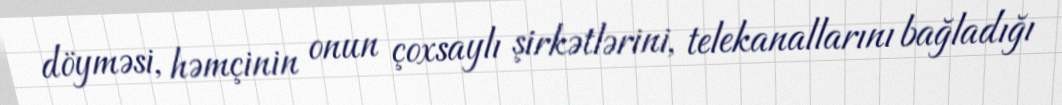
döyməsi, həmçinin onun çoxsaylı şirkətlərini, telekanallarını bağladığı